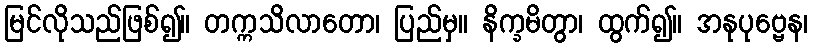
မြင်လိုသည်ဖြစ်၍။ တက္ကသိလာတော၊ ပြည်မှ။ နိက္ခမိတွာ၊ ထွက်၍။ အနုပုဗ္ဗေန၊